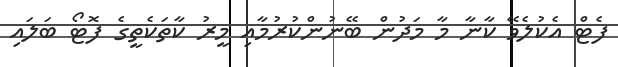
ފެޓް އެކުލެވޭ ކާނާ މާ މަދުން ބޭނުންކުރުމާއި މީރު ކާތަކެތީގެ ފޮޓޯ ބަލައި